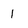
Character: 1